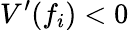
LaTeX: V^{\prime}(f_{i})<0